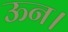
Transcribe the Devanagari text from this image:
ऊन।